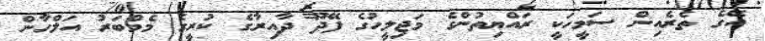
އޭގެ ތެރެއިން ސަމީހަކީ ރައްޔިތުންގެ މަޖިލީހުގެ ފޭދޫ ދާއިރާގެ ކުރީގެ މެމްބަރު އަލްހާން